Annual report of the Punjab Veterinary College and of the Civil Veterinary Department, Punjab - 1909-1919
Year: 1909
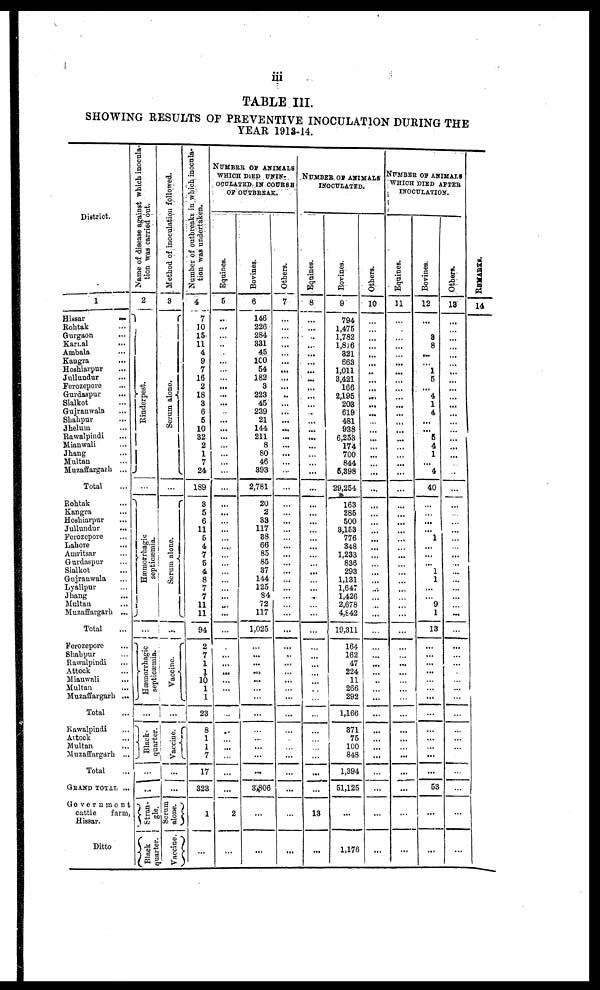
iii
TABLE III.
SHOWING RESULTS OF PREVENTIVE INOCULATION DURING THE
YEAR 1913-14.
District.
1
Hissar ...
Rohtak ...
Gurgaon ...
Karnal ...
Ambala ...
Kangra ...
Hoshiarpur ...
Jullundur ...
Ferozepore ...
Gurdaspur ...
Sialkot ...
Gujranwala ...
Shahpur ...
Jhelum ...
Rawalpindi
Mianwali ...
Jhang ...
Multan ...
Muzaffargarh ...
Total ...
Rohtak ...
Kangra ...
Hoshiarpur ...
Jullundur
...
Ferozepore ...
Lahore ...
Amritsar ...
Gurdaspur ...
Sialkot ...
Gujranwala ...
Lyallpur ...
Jhang ...
Multan ...
Muzaffargarh ...
Total
Ferozepore ...
Shahpur ...
Rawalpindi
Attock ...
Mianwali ...
Multan ...
Muzaffargarh ...
Total ...
Rawalpindi ...
Attock ...
Multan ...
Muzaffargarh ...
Total
GRAND TOTAL ...
Government
cattle
farm,
Hissar.
Ditto
Name of disease against which inocula-
tion was carried out.
2
Rinderpest.
...
Hæmorrhagic
septicæmia.
...
Hæmorrhagic
septicaæmia.
...
Black-
quarter.
...
...
Stran- gle.
Black quarter
Method
of inoculation followed.
3
Se r
um alone.
...
Sc r
um alone.
...
Vacci ne.
...
Vaccine.
...
...
Serum
alone.
Vaccine.
Number of outbreaks in which inocula-
tion was undertaken.
4
7
10
15
11
4
9
7
16
2
18
3
6
5
10
32
2
1
7
24
189
8
5
6
11
6
4
7
5
4
8
7
7
11
11
|
94
2
7
1
1
10
1
1
23
8
1
1
7
17
323
1
... ...
NUMBER OF ANIMALS
WHICH DIED UNIN-
OCULATED IN COURSE
OF OUTBREAK.
Equines.
5
...
...
...
...
...
...
...
...
...
...
...
...
...
...
...
...
...
...
...
...
...
...
...
...
...
...
...
...
...
...
...
...
...
...
...
...
...
...
...
...
...
...
...
...
...
...
2
...
Bovines.
6
146
226
284
331
45
100
54
182
3
223
45
239
21
144
211
8
80
46
393
2,781
20
2
33
117
38
66
85
85
37
144
125
84
72
117
1,025
...
...
...
...
...
...
...
...
...
...
...
3,806
...
...
Others.
7
...
...
...
...
...
...
...
...
...
...
...
...
...
...
...
...
...
...
...
...
...
...
...
...
...
...
...
...
...
...
...
...
...
...
...
...
...
...
...
...
...
...
...
...
...
...
...
...
NUMBER OF ANIMALS
INOCULATED.
Equines.
8
...
...
...
...
...
...
...
...
...
...
...
...
...
...
...
...
...
...
...
...
...
...
...
...
...
...
...
...
...
...
...
...
...
...
...
13
...
Bovines.
9
794
1,475
1,782
1,816
321
663
1,011
8,421
166
2,195
203
619
481
938
6,253
174
700
844
5,398
29,254
163
285
500
3,153
776
348
1,233
836
293
1,131
1,647
1,426
2,678
4,842
19,311
164
162
47
224
11
266
292
1,166
371
75
100
848
1,394
51,125
...
1,176
Others.
10
...
...
...
...
...
...
...
...
...
...
...
...
...
...
...
...
...
...
...
...
...
...
...
...
...
...
...
...
...
...
...
...
...
...
...
...
...
...
...
...
...
...
...
...
...
...
...
...
...
...
NUMBER OF ANIMALS
WHICH DIED AFTER
INOCULATION..
Equines.
11
...
...
...
...
...
...
...
...
...
...
...
...
...
...
...
...
...
...
...
...
...
...
...
...
...
...
...
...
...
...
...
...
...
...
...
...
...
...
...
...
...
...
...
...
...
...
...
...
...
...
Bovines.
12
...
...
8
8
...
...
1
5
...
4
1
4
...
...
6
4
1
...
4
40
...
...
...
...
1
...
...
... 1
1
...
...
9
1
13
...
...
...
...
...
...
...
...
...
...
...
...
53
...
...
Others.
13
...
...
...
...
...
...
...
...
...
...
...
...
...
...
...
...
...
...
...
...
...
...
...
...
...
...
...
...
...
...
...
...
...
...
...
...
...
...
...
...
...
...
...
...
...
...
...
...
...
...
...
REMARKS
14